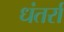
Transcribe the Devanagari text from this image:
धंतर्रा